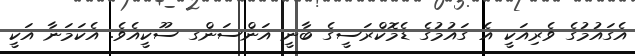
އެގައުމުގެ ވެރިއަކީ އެ ގައުމުގެ ޑެމޮކްރަސީގެ ބާނީ އަންސަންގ ސޫކީއެވެ. އެކަމަނާ އަކީ